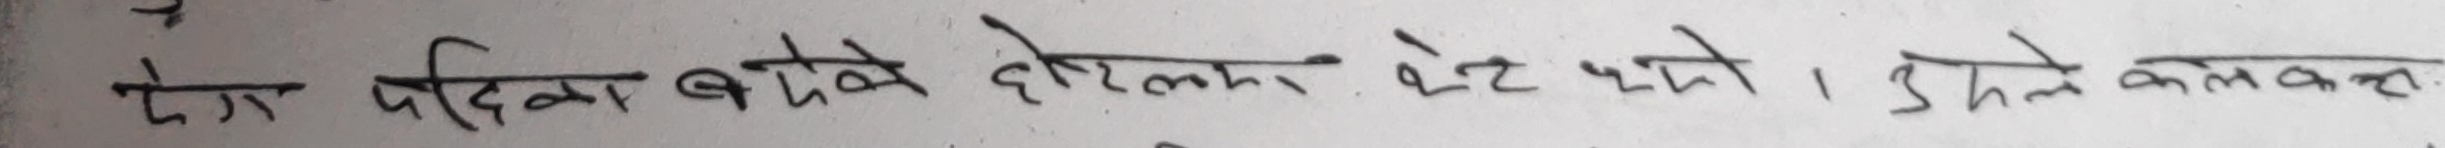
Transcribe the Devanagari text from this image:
पेग पटिया बढे बोलकर खेट थे। उसने कमक